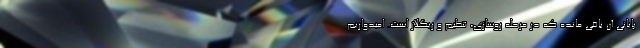
پایانی آن باقی مانده که در مرحله روسازی، تنظیم و ریگلاژ است. امیدواریم